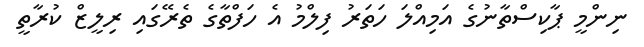
ނިންމީ ޕާކިސްތާނުގެ އަމިއްލަ ހަތަރު ފިލްމު އެ ހަފްތާގެ ތެރޭގައި ރިލީޒް ކުރާތީ